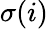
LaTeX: \sigma(i)